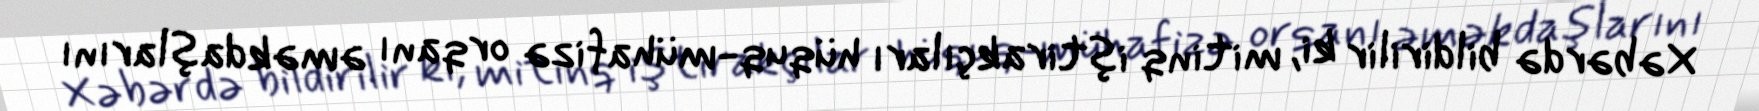
Xəbərdə bildirilir ki, mitinq iştirakçıları hüquq-mühafizə orqanı əməkdaşlarını